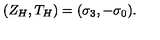
( Z _ { H } , T _ { H } ) = ( \sigma _ { 3 } , - \sigma _ { 0 } ) .